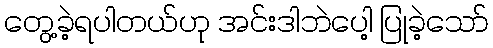
တွေ့ခဲ့ရပါတယ်ဟု အင်းဒါဘဲပေါ့ ပြုခဲ့သော်